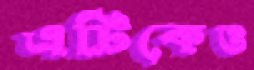
এটিকেও